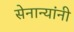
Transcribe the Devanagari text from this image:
सेनान्यांनी